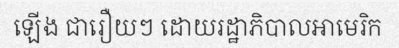
ឡើង ជារឿយៗ ដោយរដ្ឋាភិបាលអាមេរិក